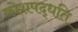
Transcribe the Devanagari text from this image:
कोशपद्धति